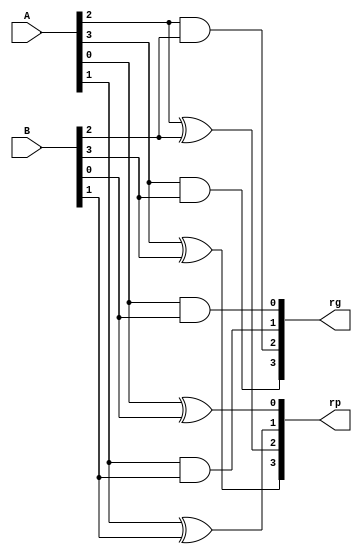
`timescale 1ns / 1ps
module getPG(input [3:0] A, B, output [3:0] rp, rg);
    xor(rp[0], A[0], B[0]);
    xor(rp[1], A[1], B[1]);
    xor(rp[2], A[2], B[2]);
    xor(rp[3], A[3], B[3]);
//
    and(rg[0], A[0], B[0]);
    and(rg[1], A[1], B[1]);
    and(rg[2], A[2], B[2]);
    and(rg[3], A[3], B[3]);
endmodule